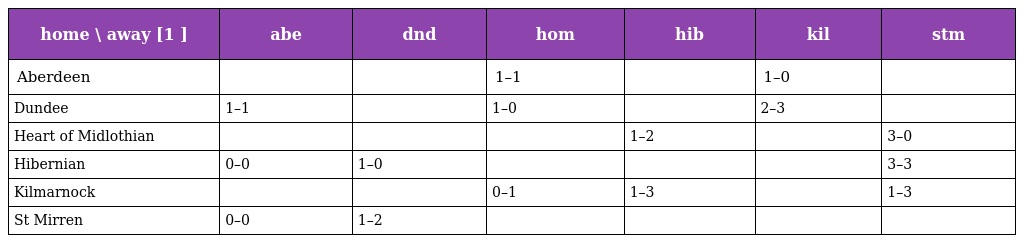
| home \ away [1 ] | abe | dnd | hom | hib | kil | stm |
 | --- | --- | --- | --- | --- | --- | --- |
 | Aberdeen |  |  | 1–1 |  | 1–0 |  |
 | Dundee | 1–1 |  | 1–0 |  | 2–3 |  |
 | Heart of Midlothian |  |  |  | 1–2 |  | 3–0 |
 | Hibernian | 0–0 | 1–0 |  |  |  | 3–3 |
 | Kilmarnock |  |  | 0–1 | 1–3 |  | 1–3 |
 | St Mirren | 0–0 | 1–2 |  |  |  |  |